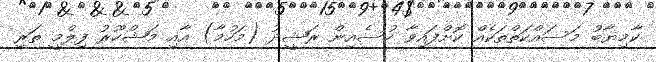
ކާމިޔާބު މަސައްކަތްތަކެއް ކޮށްފައިވާ ހުސެއިން ރަޝީދު (މަހުމާ) އާއި މަޝްހޫރު ފިލްމީ ތަރި